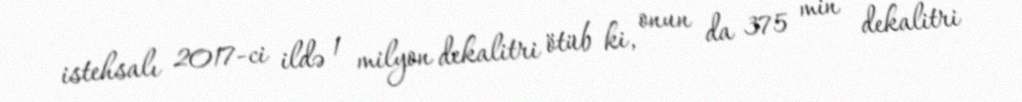
istehsalı 2017-ci ildə 1 milyon dekalitri ötüb ki, onun da 375 min dekalitri